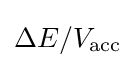
\Delta E/V_{\text{acc}}